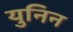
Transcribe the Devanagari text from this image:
युनिन